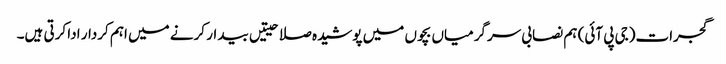
گجرات(جی پی آئی) ہم نصابی سرگرمیاں بچوں میں پوشیدہ صلاحیتیں بیدار کرنے میں اہم کردار ادا کرتی ہیں۔